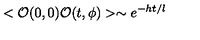
< { \cal O } ( 0 , 0 ) { \cal O } ( t , \phi ) > \sim e ^ { - h t / l }